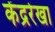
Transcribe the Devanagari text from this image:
केंद्ररेखा